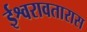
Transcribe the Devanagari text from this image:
ईश्वरावतारास